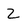
Character: Z